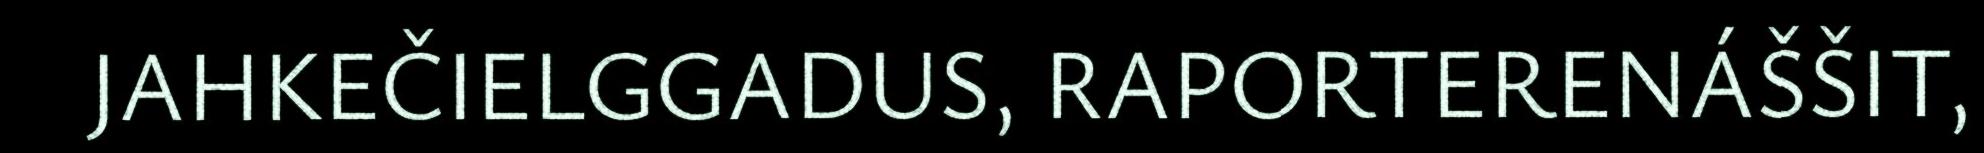
JAHKEČIELGGADUS, RAPORTERENÁŠŠIT,